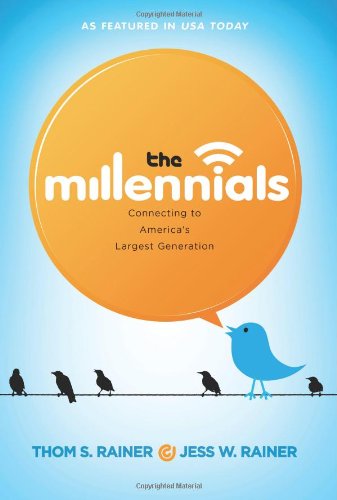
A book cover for The Millennials: Connecting to America's Largest Generation; Thom S. Rainer; Christian Books & Bibles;